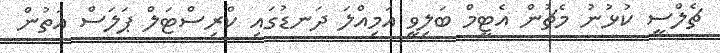
ޗެލްސީ ކުޅުނު މެޗުން އެޓީމް ބަލިވީ އަމިއްލަ ދަނޑުގައި ކްރިސްޓަލް ޕަލަސް އަތުން